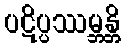
ပဋိပ္ပဿမ္ဘန္တိ